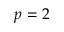
p = 2